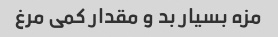
مزه بسیار بد و مقدار کمی مرغ